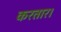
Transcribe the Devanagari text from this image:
करतार।